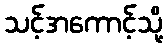
သင့်အကောင့်သို့